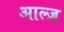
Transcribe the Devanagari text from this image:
आल्ज़